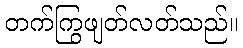
တက်ကြွဖျတ်လတ်သည်။